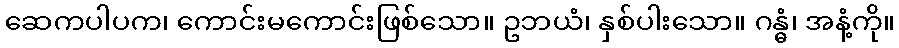
ဆေကပါပက၊ ကောင်းမကောင်းဖြစ်သော။ ဥဘယံ၊ နှစ်ပါးသော။ ဂန္ဓံ၊ အနံ့ကို။